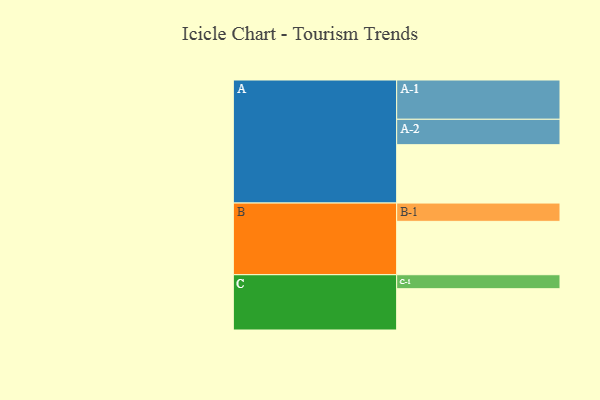
{"axis": {"x": "Segment", "y": "Value"}, "legend": ["", "A", "B", "C"], "data": [{"x": "A", "y": 434, "type": ""}, {"x": "B", "y": 397, "type": ""}, {"x": "C", "y": 307, "type": ""}, {"x": "A-1", "y": 292, "type": "A"}, {"x": "A-2", "y": 189, "type": "A"}, {"x": "B-1", "y": 136, "type": "B"}, {"x": "C-1", "y": 104, "type": "C"}]}